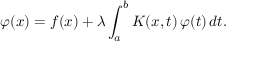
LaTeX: \varphi ( x ) = f ( x ) + \lambda \int _ { a } ^ { b } K ( x , t ) \, \varphi ( t ) \, d t .